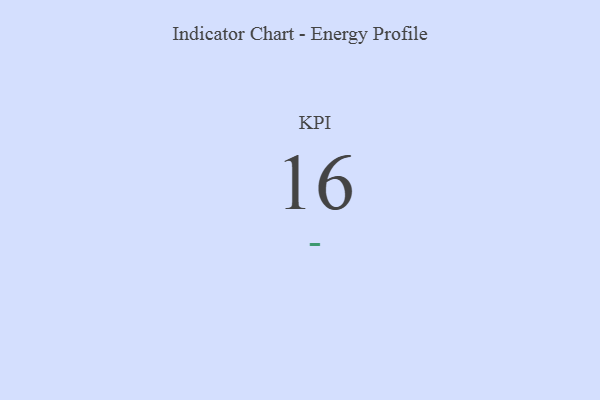
{"axis": {"x": "KPI", "y": "Value"}, "legend": [""], "data": [{"x": "KPI", "y": 16, "type": ""}]}